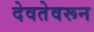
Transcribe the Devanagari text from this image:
देवतेवरून